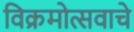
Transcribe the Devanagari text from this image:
विक्रमोत्सवाचे